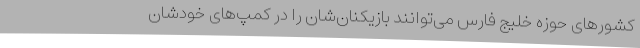
کشورهای حوزه خلیج فارس می‌توانند بازیکنان‌شان را در کمپ‌های خودشان